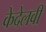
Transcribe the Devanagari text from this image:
केदेलवी